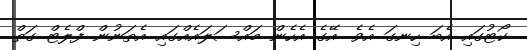
ކޯޓުގައި އެބަ ހިނގަ އެވެ. އޭގެ އެހެން މައްސަލައެއްގައި އެތަނުން ފްލެޓް ގަތް